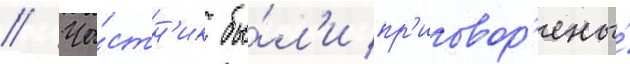
// Ча́стн'ик бы́л'и пр'иговор'ены́